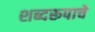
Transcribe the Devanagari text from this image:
शब्दरूपाचे